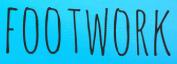
FOOTWORK